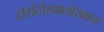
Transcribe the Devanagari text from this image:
टोराँटोखालोखाल